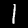
Digit: 1